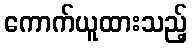
ကောက်ယူထားသည့်